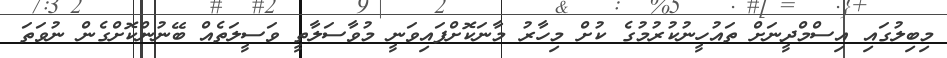
މިބިލުގައި އިސްމްދީނަށް ތައުހީނުކުރުމުގެ ކުށް މިހާރު މާނަކޮށްފައިވަނީ މުވާސަލާތީ ވަސީލަތެއް ބޭނުންކޮށްގެން ނުވަތަ